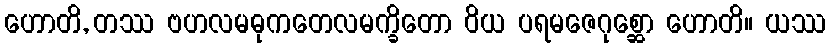
ဟောတိ, တဿ ဗဟလမဓုကတေလမက္ခိတော ဝိယ ပရမဇေဂုစ္ဆော ဟောတိ။ ယဿ